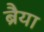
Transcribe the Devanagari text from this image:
ब्रैया